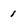
Character: 1